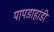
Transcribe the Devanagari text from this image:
पापडाहांडी